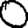
Digit: 0